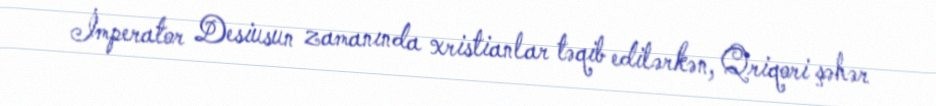
İmperator Desiusun zamanında xristianlar təqib edilərkən, Qriqori şəhər